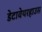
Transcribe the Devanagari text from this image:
डेटावेयरहाउस